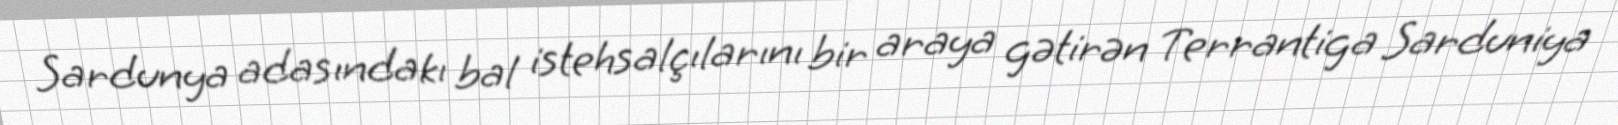
Sardunya adasındakı bal istehsalçılarını bir araya gətirən Terrantiga Sarduniya